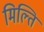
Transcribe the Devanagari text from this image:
मिल्ति